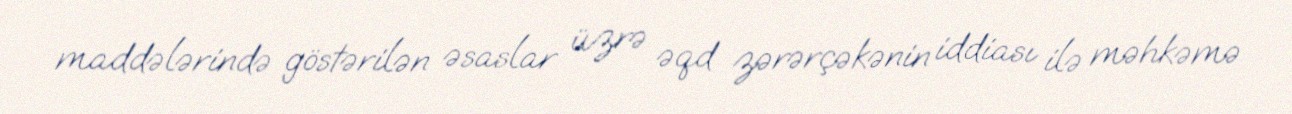
maddələrində göstərilən əsaslar üzrə əqd zərərçəkənin iddiası ilə məhkəmə